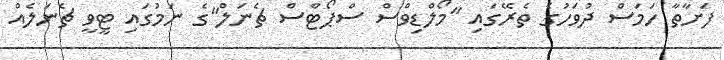
ފަށާތާ ހަމަސް ދުވަހުގެ ތެރޭގައި "މޯލްޑިވްސް ސްޕޯޓްސް ޗެނަލް"ގެ ނަމުގައި ޓީވީ ޗެނަލެއް